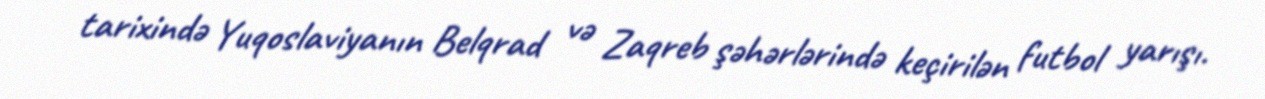
tarixində Yuqoslaviyanın Belqrad və Zaqreb şəhərlərində keçirilən futbol yarışı.